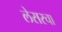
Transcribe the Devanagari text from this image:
लेसरचा